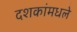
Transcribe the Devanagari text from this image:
दशकांमधले